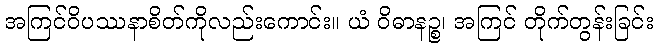
အကြင်ဝိပဿနာစိတ်ကိုလည်းကောင်း။ ယံ ဝိဓာနဉ္စ၊ အကြင် တိုက်တွန်းခြင်း